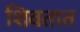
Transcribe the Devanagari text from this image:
शिवतात